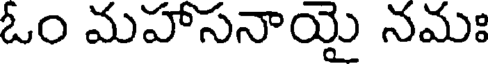
ఓం మహాసనాయై నమః